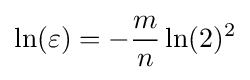
\ln(\varepsilon )=-{\frac {m}{n}}\ln(2)^{2}